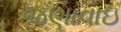
જણાવાઇ